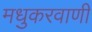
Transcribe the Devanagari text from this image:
मधुकरवाणी